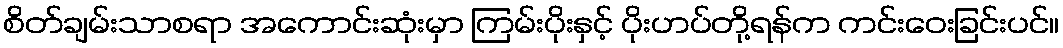
စိတ်ချမ်းသာစရာ အကောင်းဆုံးမှာ ကြမ်းပိုးနှင့် ပိုးဟပ်တို့ရန်က ကင်းဝေးခြင်းပင်။